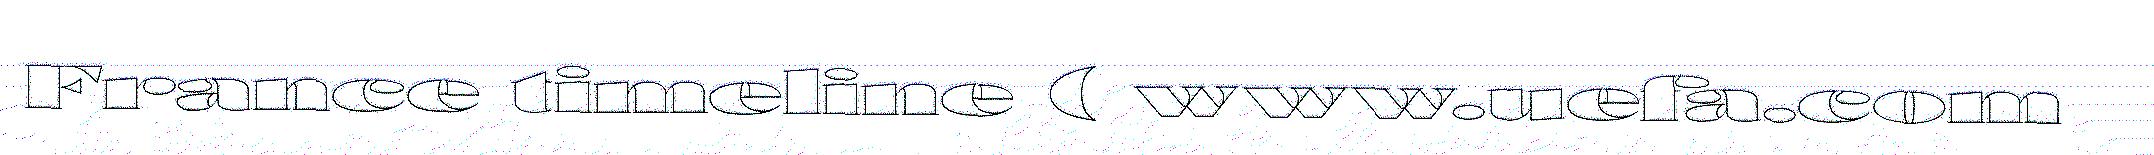
France timeline ( www.uefa.com